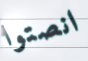
انصتوا